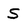
Character: S